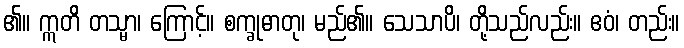
၏။ ဣတိ တသ္မာ၊ ကြောင့်။ စက္ခုဓာတု၊ မည်၏။ သေသာပိ၊ တို့သည်လည်း။ ဧဝံ၊ တည်း။